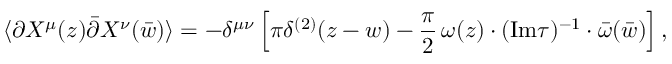
\langle \partial X ^ { \mu } ( z ) \bar { \partial } X ^ { \nu } ( \bar { w } ) \rangle = - \delta ^ { \mu \nu } \left[ \pi \delta ^ { ( 2 ) } ( z - w ) - { \frac { \pi } { 2 } } \, \omega ( z ) \cdot ( \mathrm { I m } \tau ) ^ { - 1 } \cdot \bar { \omega } ( \bar { w } ) \right] ,